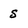
Character: S